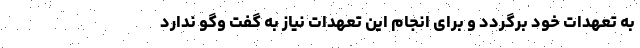
به تعهدات خود برگردد و برای انجام این تعهدات نیاز به گفت وگو ندارد